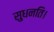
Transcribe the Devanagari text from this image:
सुधनति।